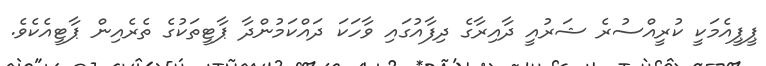
ޕީޕީއެމަކީ ކުރީއްސުރެ ޝަރުއީ ދާއިރާގެ ދިފާއުގައި ވާހަކަ ދައްކަމުންދާ ޕާޓީތަކުގެ ތެރެއިން ޕާޓީއެކެވެ.